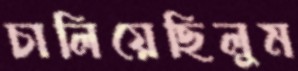
চালিয়েছিলুম